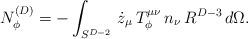
LaTeX: \begin{align*}N_{\phi}^{(D)}=-\int_{S^{D-2}}\, \dot{z}_{\mu}\,T_{\phi}^{\mu \nu}\, n_{\nu} \, R^{D-3}\, d\Omega.\end{align*}